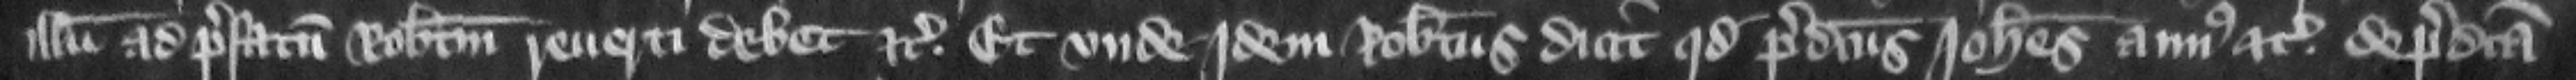
illum ad prefatum Robertum reuerti debet etc. Et vnde jdem Robertus dicit quod predictus Iohannes auus etc. de predicta